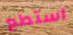
استطع